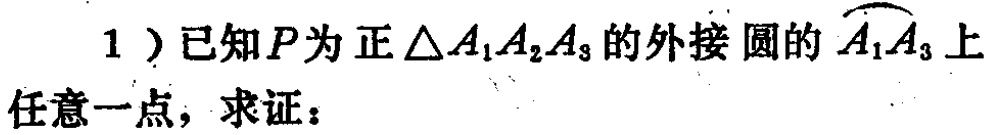
1）已知\(P\)为正\(\triangle A_{1}A_{2}A_{3}\)的外接圆的\(\overset{\frown}{A_{1}A_{3}}\)上任意一点，求证：